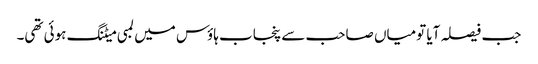
جب فیصلہ آیا تومیاں صاحب سے پنجاب ہاؤس میں لمبی میٹنگ ہوئی تھی۔